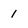
Character: 1